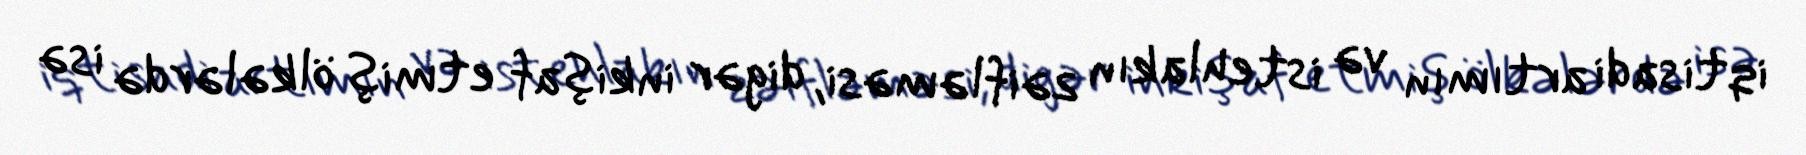
iqtisadi artımın və istehlakın zəifləməsi, digər inkişaf etmiş ölkələrdə isə